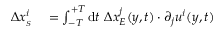
\begin{array} { r l } { \Delta x _ { _ { S } } ^ { i } } & { { } = \int _ { - T } ^ { + T } \ensuremath { \operatorname { d } \! { } t \ \Delta x ^ { j } } _ { { E } } ( y , t ) \cdot \partial _ { j } u ^ { i } ( y , t ) } \end{array}